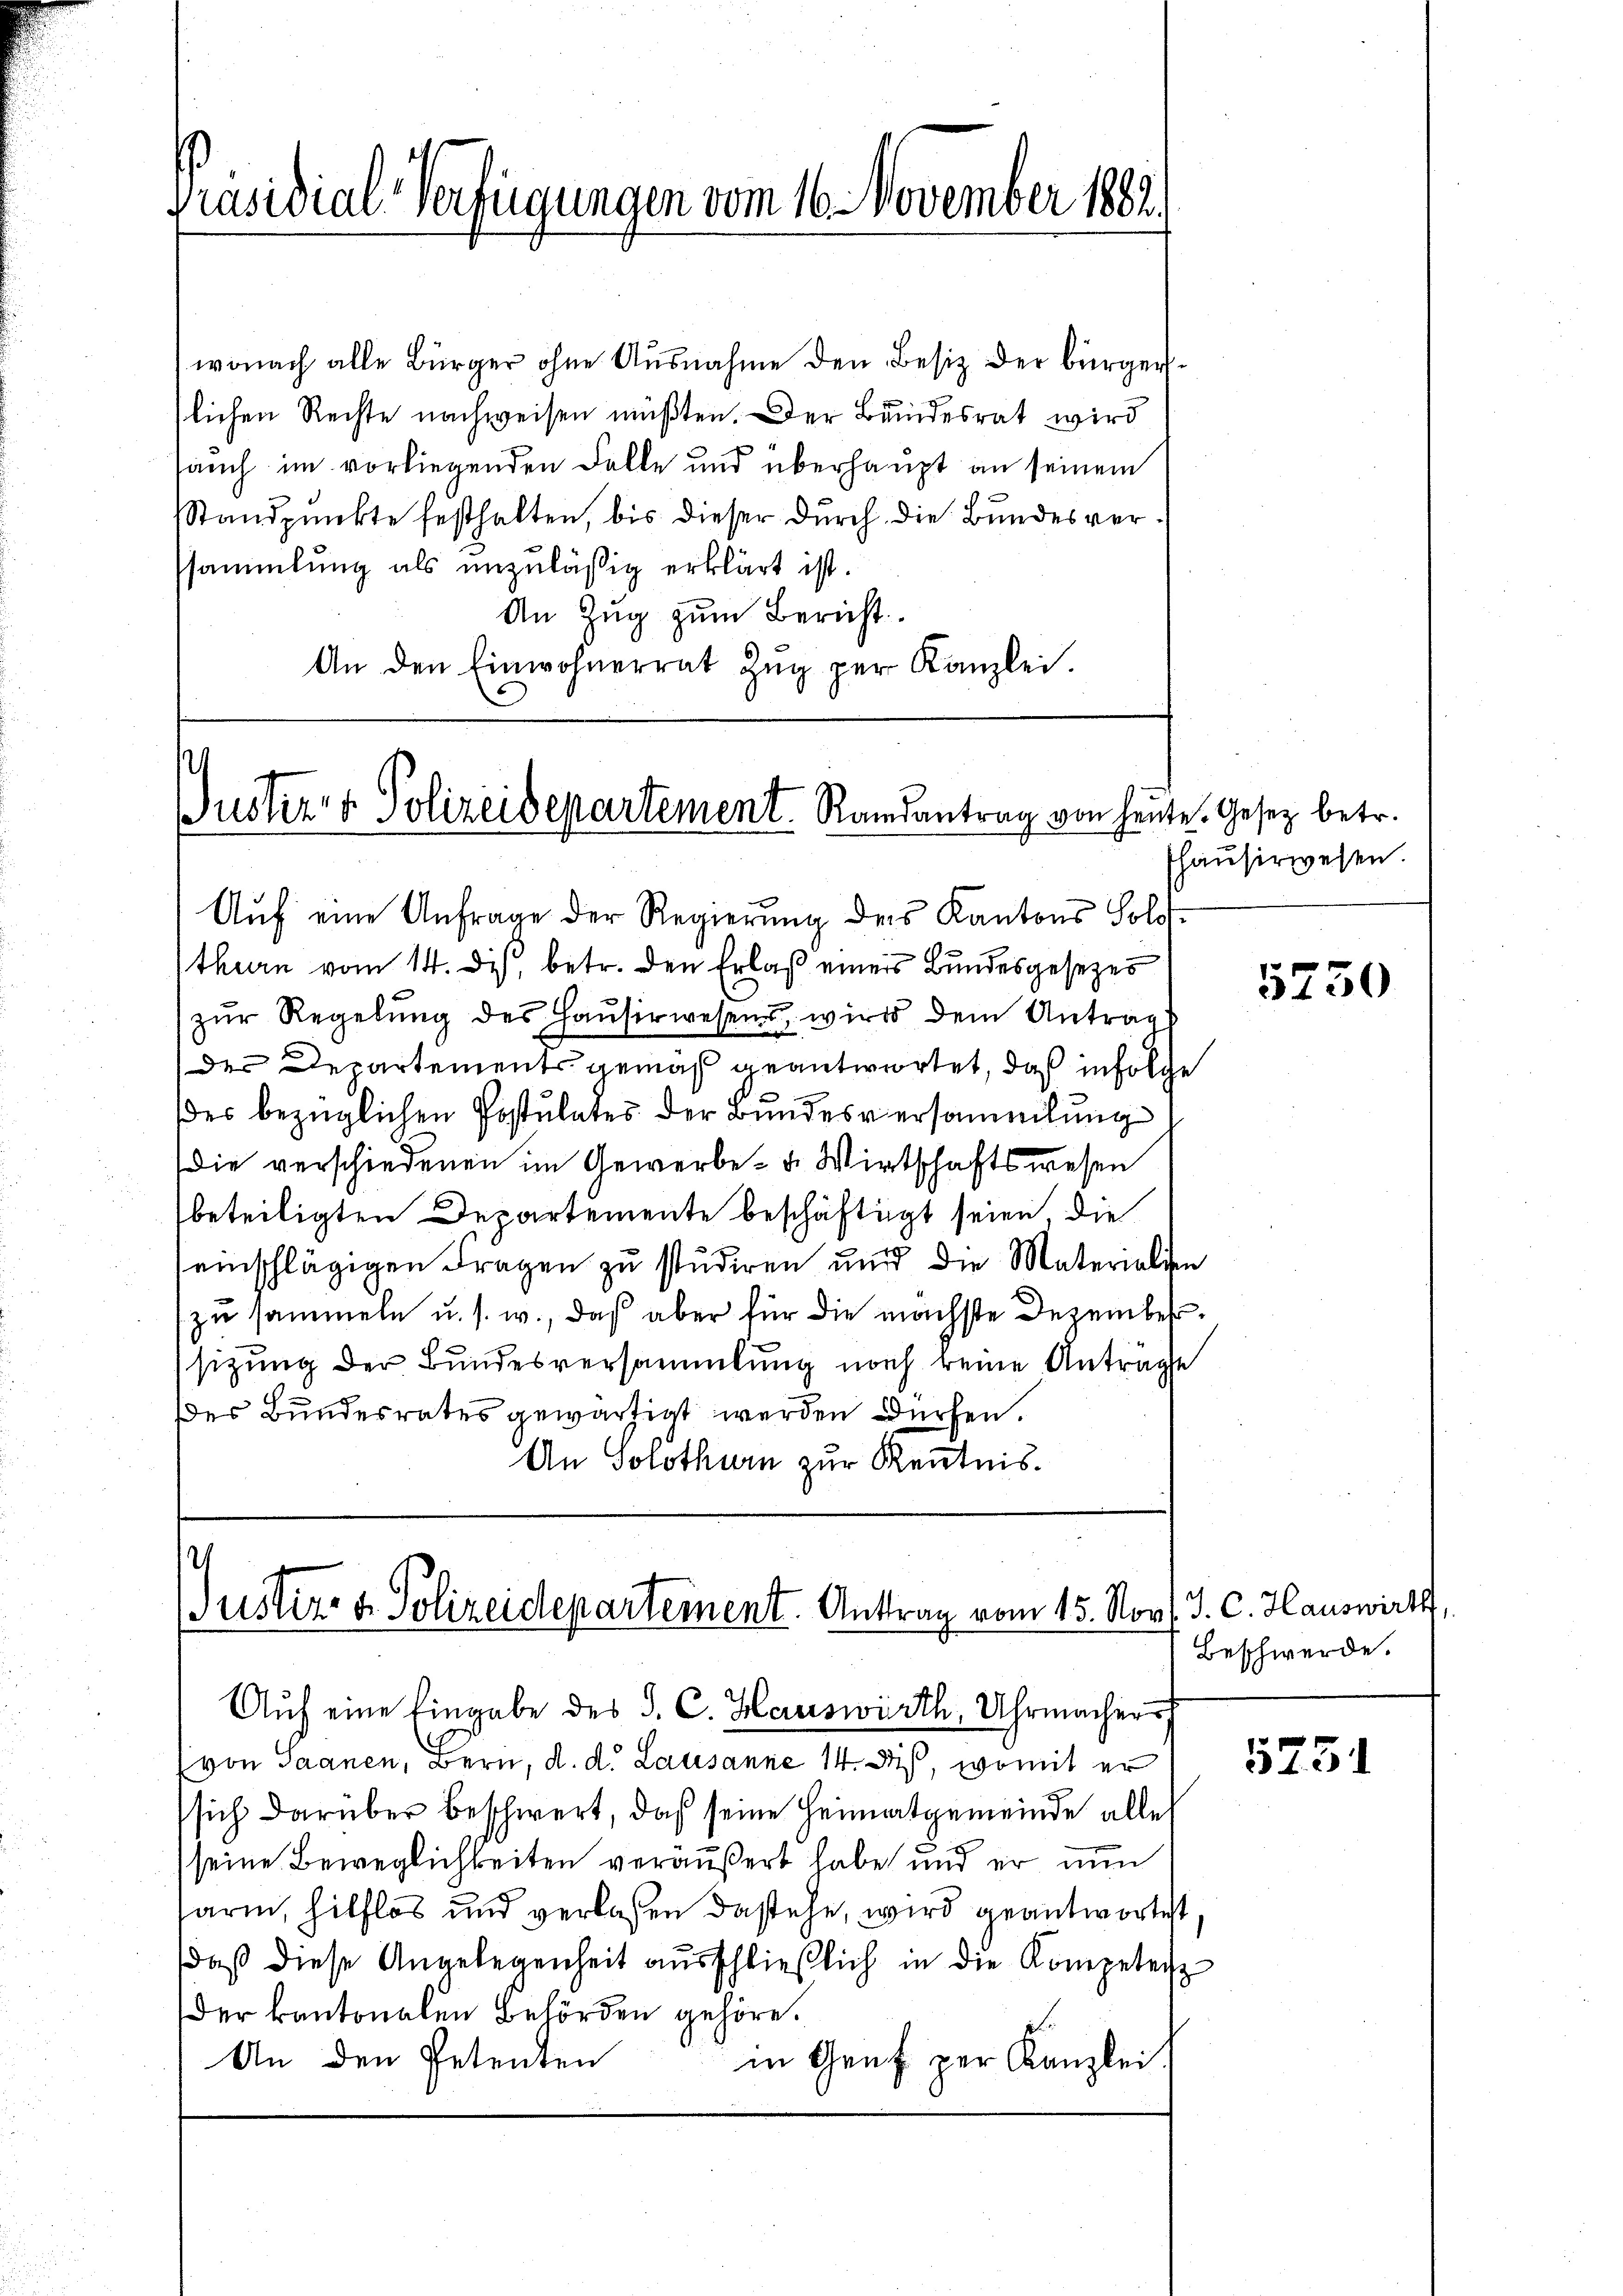
Präsidial-Verfügungen vom 16. November 1881.

wonach alle Bürger ohne Ausnahme den Besitz der bürgerslichen Rechte nachweisen müßten. Der Bundesrat wird
Jauch im vorliegenden Falle und überhaupt an seinem
Standpunkte festhalten, bis dieser durch die Bundesverssammlung als unzuläßig erklärt ist.
An Zŭg zŭm Bericht
An den Einwohnerrat Zŭg per Kanzlei.

Pusterer Polizeidepartement. Randantrag von heut

Auf eine Anfrage der Regierung des Kantons Solo-
thurn vom 14. dis, betr. den Erlaß einers Bundesgesezes
zŭr Regelŭng des Haŭsirwesens wird dem Antragt
der Departements gemäß geantwortet, daß in Folge
des bezüglichen Postulates der Bundesversammlung
Die verschiedenen im Gewerbe- u. Wirtschaftswesen
beteiligten Departemente beschäftigt seien, die
seinschlägigen Fragen zu studiren und die Materialien
zu sammeln u. s. w., daß aber für die nächste Dezembersizung der Bundesversammlung noch keine Anträge
des Bundesrates gewärtigt werden dürfen.
An Solothurn zur Kenntnis.

.
Justiz- & Polizeidepartement. Antrag vom 15. Nov. J. C. Hauswirth,

Auf eine Eingabe des S. C. Hauswirth, Uhrmachers
(von Saanen, Bern, d. d. Lausanne 14. ds, womit er
sich darüber beschwert, daß seine Heimatgemeinde alle
seine Beweglichkeiten veräußert habe und er nun
sarm, hilflos und verlassen dastehe, wird geantwortet
daß diese Angelegenheit ausschließlich in die Kompetenz
Der kantonalen Behörden gehöre.
An den Petenten
in Genf per Kanzlei,

te. Gesetz betr.
shäuserwesen.

5230

Beschwerde.

5751